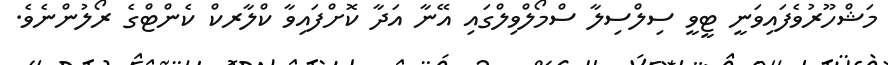
މަޝްހޫރުވެފައިވަނީ ޓީވީ ސިލްސިލާ ސްމޯލްވިލްގައި އޭނާ އަދާ ކޮށްފައިވާ ކްލާރކް ކެންޓްގެ ރޯލުންނެވެ.